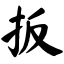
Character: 扳